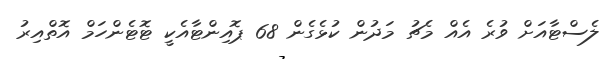
ލެސްޓާއަށް ވުރެ އެއް މެޗު މަދުން ކުޅެގެން 68 ޕޮއިންޓާއެކީ ޓޮޓެންހަމް އޮތްއިރު